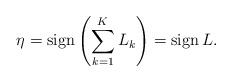
\begin{align*}\eta={\rm sign}\left(\sum_{k=1}^KL_k\right)={\rm sign}\,L.\end{align*}